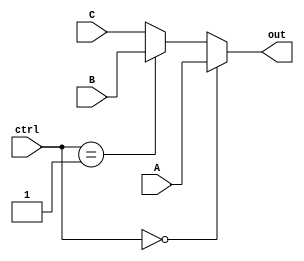
module mux3to1(A,B,C,out,ctrl);
parameter width = 32;

  input [width-1:0] A;
  input [width-1:0] B;
  input [width-1:0] C;
  input [1:0] ctrl;
  output reg [width-1:0] out;

always@(A,B,C,ctrl)
  if(ctrl == 2'b00) out = A;
  else if(ctrl == 2'b01) out = B;
  else out = C;

endmodule